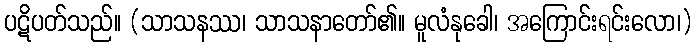
ပဋိပတ်သည်။ (သာသနဿ၊ သာသနာတော်၏။ မူလံနုခေါ၊ အကြောင်းရင်းလော၊)